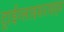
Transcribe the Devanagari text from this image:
ट्राईग्लाइसराइड्स